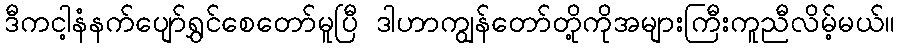
ဒီကငါ့နံနက်ပျော်ရွှင်စေတော်မူပြီ ဒါဟာကျွန်တော်တို့ကိုအများကြီးကူညီလိမ့်မယ်။